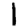
Digit: 1